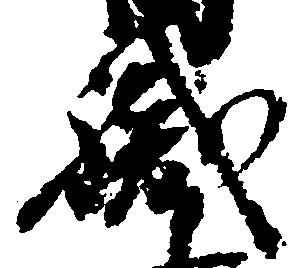
職